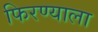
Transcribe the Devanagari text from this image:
फिरण्याला